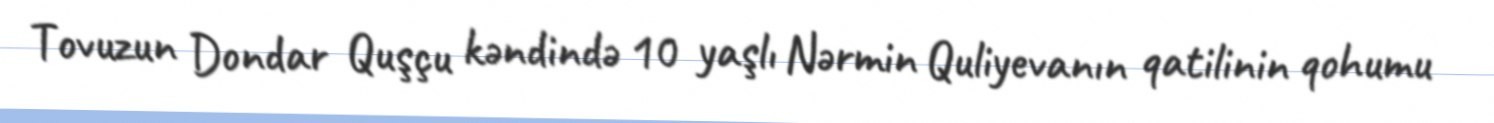
Tovuzun Dondar Quşçu kəndində 10 yaşlı Nərmin Quliyevanın qatilinin qohumu